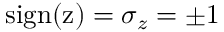
\mathrm { s i g n ( z ) } = \sigma _ { z } = \pm 1